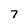
Character: 7